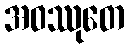
အဝဿုတေ